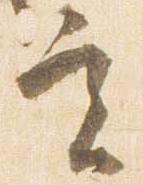
実